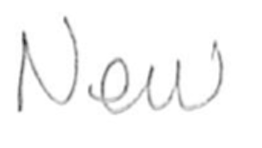
Text: New
Cross-out: clean
Writing tool: pencil